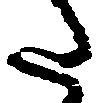
た